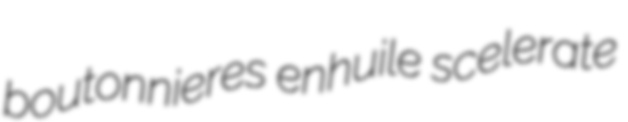
boutonnieres enhuile scelerate